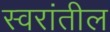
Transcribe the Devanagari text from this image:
स्वरांतील